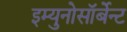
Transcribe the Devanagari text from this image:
इम्युनोसॉर्बेन्ट